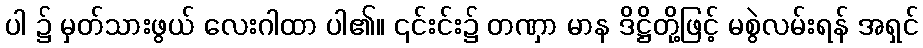
ပါ ၌ မှတ်သားဖွယ် လေးဂါထာ ပါ၏။ ၎င်းင်း၌ တဏှာ မာန ဒိဋ္ဌိတို့ဖြင့် မစွဲလမ်းရန် အရှင်